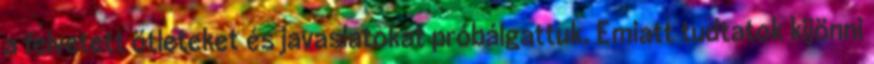
a felvetett ötleteket és javaslatokat próbálgattuk. Emiatt tudtatok kijönni